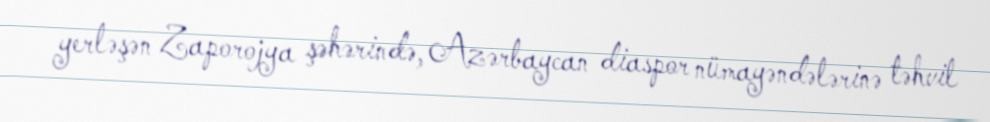
yerləşən Zaporojya şəhərində, Azərbaycan diaspor nümayəndələrinə təhvil